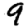
Digit: 9